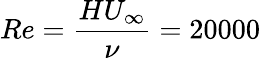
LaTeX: Re=\frac{HU_{\infty}}{\nu}=20000